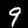
Label: 9